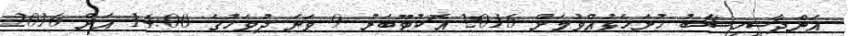
އަންދާސީހިސާބު ހުށަހެޅުއްވުމަށް 2016 އޮކުޓޫބަރު 9 ވަނަ ދުވަހުގެ 14:00 އަށް 2016